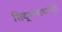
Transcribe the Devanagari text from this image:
सिद्धनाथांनी